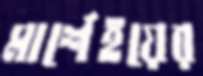
মার্শেইয়ের